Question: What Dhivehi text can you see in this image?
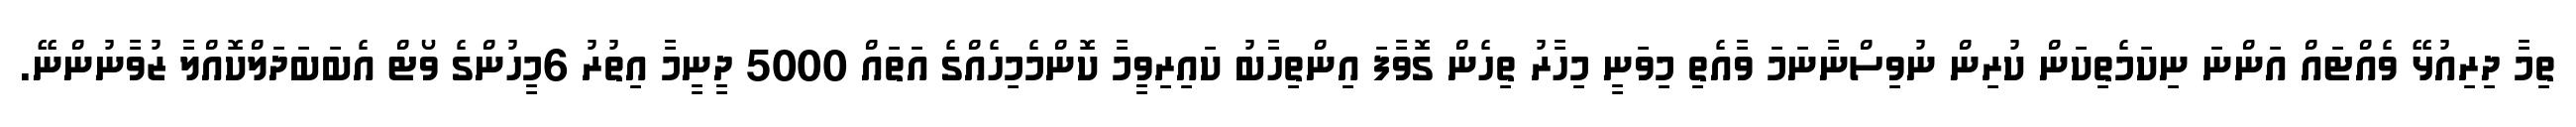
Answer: ތިމާ ދިރިއުޅޭ ވެއްޓައް އަންނަ ނިކަމެތިކަން ކުރިން ނުވިސްނާނަމަ ވާއެތި މިވަނީ މިހާރު ތިހެން ގޮވާފަ އިންތިހާބު ކައިރިވީމާ ކޮންމެމިހެއްގެ އަތައް 5000 ދީނީމާ އިތުރު 6މީހުންގެ ވޯޓް އެބަބަދަލްކޮއްލާ ޒުވާނުންނޭ.